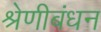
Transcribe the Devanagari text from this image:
श्रेणीबंधन